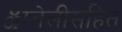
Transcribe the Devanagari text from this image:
ॲग्नेलीसहित